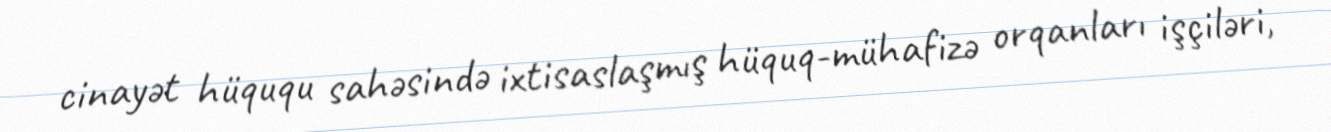
cinayət hüququ sahəsində ixtisaslaşmış hüquq-mühafizə orqanları işçiləri,